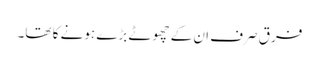
فرق صرف ان کے چھوٹے بڑے ہونے کا تھا۔